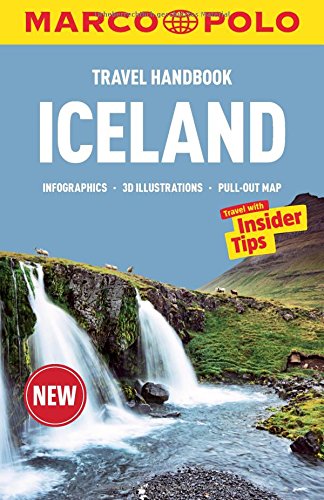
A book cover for Iceland Marco Polo Handbook (Marco Polo Handbooks); Marco Polo Travel Publishing; Travel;